Annual report of the Punjab Veterinary College and of the Civil Veterinary Department, Punjab - 1894-1908
Year: 1894
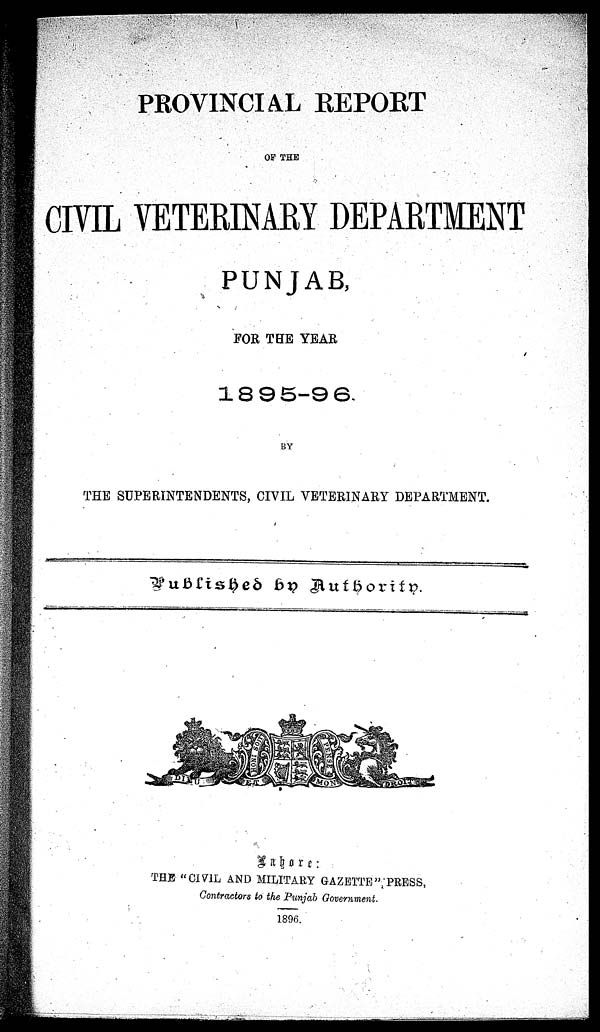
PROVINCIAL REPORT
OF THE
CIVIL VETERINARY DEPARTMENT
PUNJAB,
FOR THE YEAR
1895-96.
BY
THE SUPERINTENDENTS, CIVIL VETERINARY DEPARTMENT.
Published by Authority.
Labore:
THE "CIVIL AND MILITARY GAZETTE" PRESS,
Contractors to the Punjab Government.
1896.